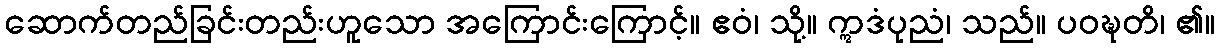
ဆောက်တည်ခြင်းတည်းဟူသော အကြောင်းကြောင့်။ ဧဝံ၊ သို့။ ဣဒံပုညံ၊ သည်။ ပဝဍ္ဎတိ၊ ၏။